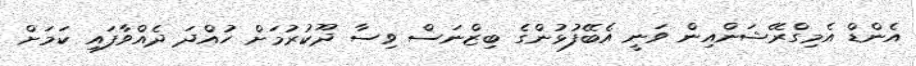
އެންޑް އެމިގްރޭޝަންއިން ވަނީ އެބޭފުޅުންގެ ބިޒްނަސް ވިސާ ދޫކުރުމަށް ހުއްދަ ދެއްވާފައި ކަމަށް